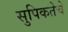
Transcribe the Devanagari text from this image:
सुपिकतेचे